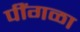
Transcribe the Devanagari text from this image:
पींगळा